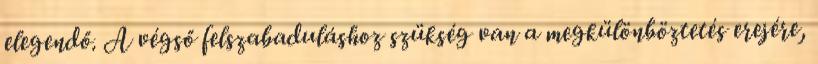
elegendő. A végső felszabaduláshoz szükség van a megkülönböztetés erejére,